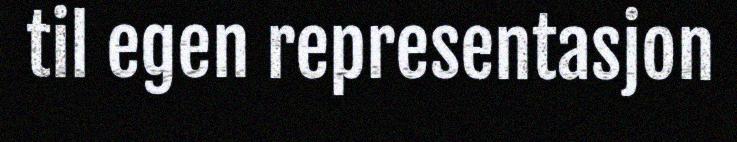
til egen representasjon